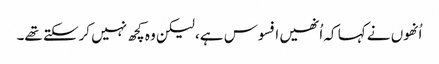
اُنھوں نے کہا کہ اُنھیں افسوس ہے، لیکن وہ کچھ نہیں کرسکتے تھے۔